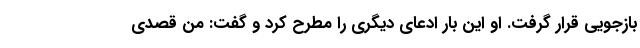
بازجویی قرار گرفت. او این بار ادعای دیگری را مطرح کرد و گفت: من قصدی